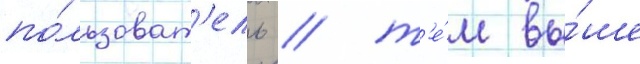
по́льзоват'ель / т'е́м вы́ше